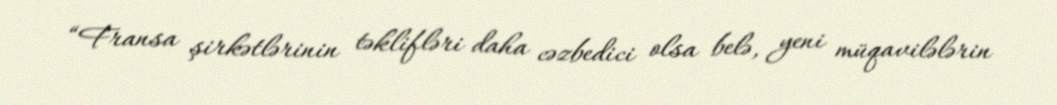
“Fransa şirkətlərinin təklifləri daha cəzbedici olsa belə, yeni müqavilələrin